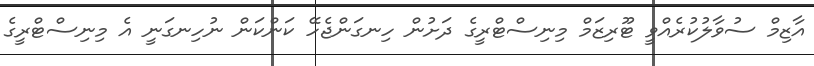
އާޒިމް ސުވާލުކުރެއްވީ ޓޫރިޒަމް މިނިސްޓްރީގެ ދަށުން ހިނގަންޖެހޭ ކަންކަން ނުހިނގަނީ އެ މިނިސްޓްރީގެ